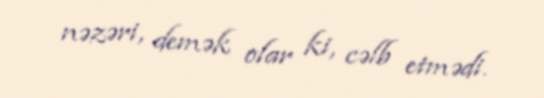
nəzəri, demək olar ki, cəlb etmədi.